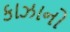
કાઝાનો